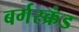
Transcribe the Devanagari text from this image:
बर्गस्क्रंड